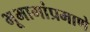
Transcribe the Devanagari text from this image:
भूभागांप्रमाणे